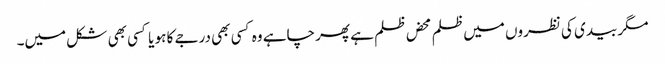
مگر بیدی کی نظروں میں ظلم محض ظلم ہے پھر چاہے وہ کسی بھی درجے کا ہو یا کسی بھی شکل میں۔